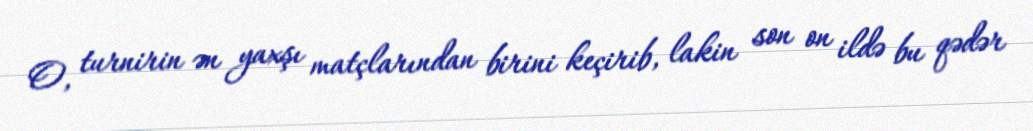
O, turnirin ən yaxşı matçlarından birini keçirib, lakin son on ildə bu qədər